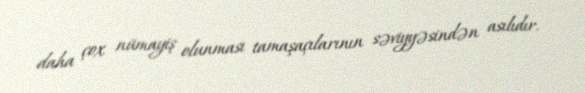
daha çox nümayiş olunması tamaşaçılarının səviyyəsindən asılıdır.